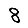
Digit: 8